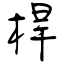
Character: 桿